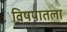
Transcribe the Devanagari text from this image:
विषयातला